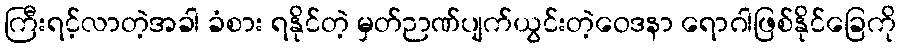
ကြီးရင့်လာတဲ့အခါ ခံစား ရနိုင်တဲ့ မှတ်ဉာဏ်ပျက်ယွင်းတဲ့ဝေဒနာ ရောဂါဖြစ်နိုင်ခြေကို